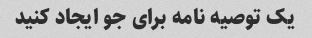
یک توصیه نامه برای جو ایجاد کنید